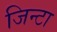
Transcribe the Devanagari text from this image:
जिन्टा